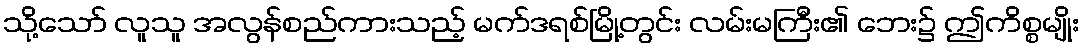
သို့သော် လူသူ အလွန်စည်ကားသည့် မက်ဒရစ်မြို့တွင်း လမ်းမကြီး၏ ဘေး၌ ဤကိစ္စမျိုး